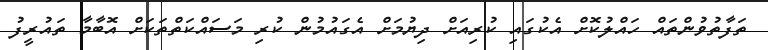
ތަފާތުވުންތައް ހައްލުކޮށް އެކުގައި ކުރިއަށް ދިޔުމަށް އެގައުމުން ކުރި މަސައްކަތްތަކަށް އޮބާމާ ތައުރީފު